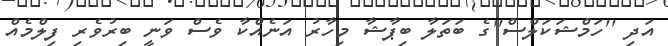
އަދި ''ހަމްޝަކަލްސް''ގެ ބަތަލާ ބިޕާޝާ މިހާރު އަނެއްކާ ވެސް ވަނީ ބިރުވެރި ފިލްމެއް